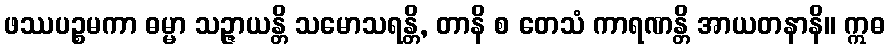
ဖဿပဉ္စမကာ ဓမ္မာ သဉ္ဇာယန္တိ သမောသရန္တိ, တာနိ စ တေသံ ကာရဏန္တိ အာယတနာနိ။ ဣဓ